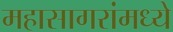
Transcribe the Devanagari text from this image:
महासागरांमध्ये